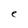
Character: e